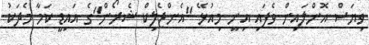
ވިޔަސް އޮންލައިން ވެފައި އިނީ މިއުޅޭ "އެންޖެލިކް ޝެރޯން"ގެ އައިޑީ ކަމާ މެދަކު